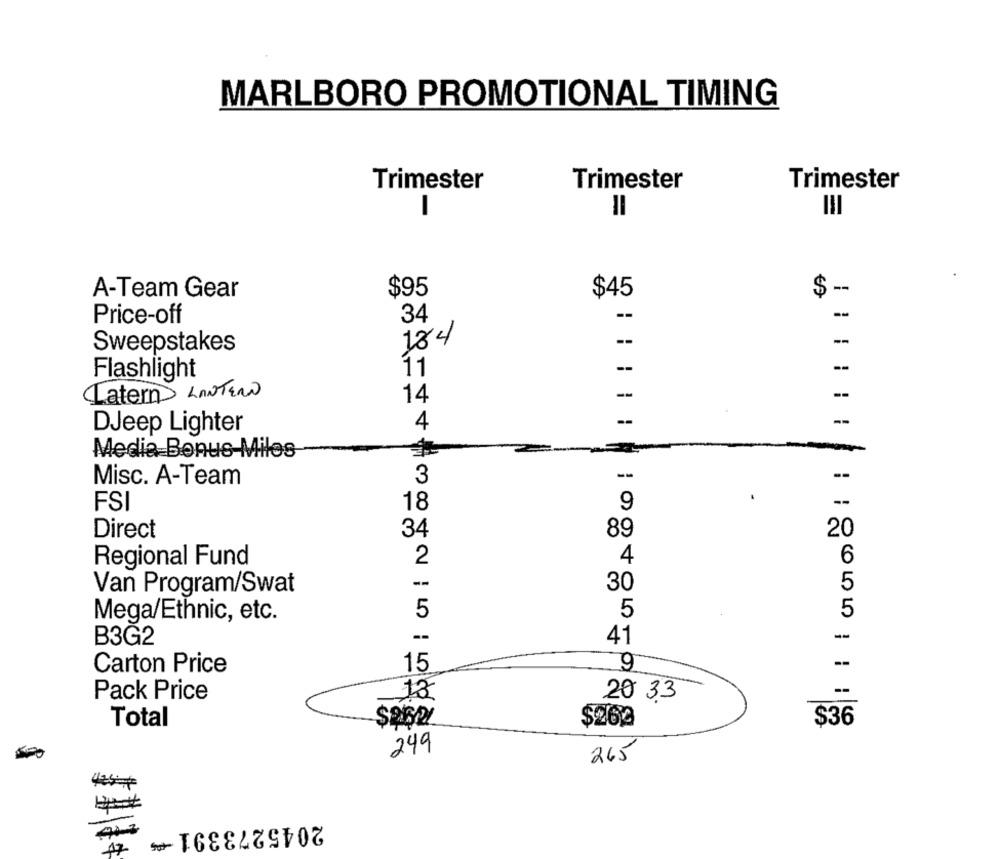
MARLBORO PROMOTIONAL TIMING
Trimester
Trimester
Trimester
-
A-Team Gear
$
$95
$45
34
-
Price-off
184
--
--
Sweepstakes
--
--
Flashlight
11
Latern LANTERN
14
--
--
--
--
DJeep Lighter
4
Media Bonus Miles
Misc. A-Team
3
--
FSI
18
9
--
34
20
Direct
89
2
4
6
Regional Fund
--
Van Program/Swat
30
5
Mega/Ethnic, etc.
5
5
5
--
B3Ğ2
41
-
Carton Price
15
9
--
Pack Price
12
20 33
$262
$36
Total
249
265
425₺
2045273391